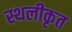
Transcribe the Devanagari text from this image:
स्थलीकृत